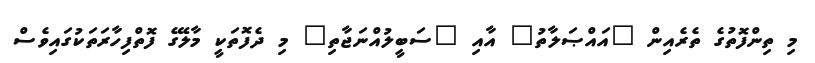
މި ތިންފޮތުގެ ތެރެއިން "އައްޞަލާތު" އާއި "ސަބީލުއްނަޖާތި" މި ދެފޮތަކީ މާލޭގެ ފޮތްފިހާރަތަކުގައިވެސް